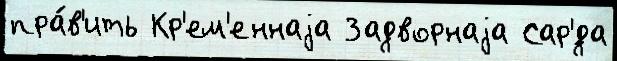
пра́в'ить Кр'ем'еннаjа Задворнаjа Сар'́да